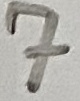
Text: 7